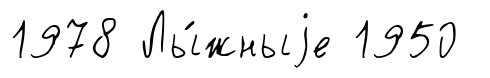
1978 Лы́жныjе 1950